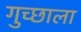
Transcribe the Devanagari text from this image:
गुच्छाला